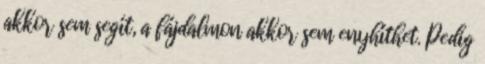
akkor sem segít, a fájdalmon akkor sem enyhíthet. Pedig